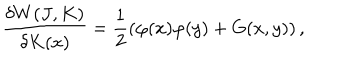
\frac { \delta W ( J , K ) } { \delta K ( x ) } = \frac { 1 } { 2 } \left( \varphi ( x ) \varphi ( y ) + G ( x , y ) \right) ,